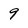
Character: 9